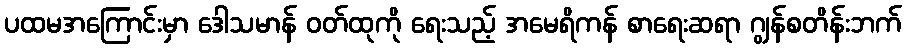
ပထမအကြောင်းမှာ ဒေါသမာန် ဝတ်ထုကို ရေးသည့် အမေရိကန် စာရေးဆရာ ဂျွန်စတိန်းဘက်